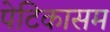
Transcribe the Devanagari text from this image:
पेटिकासम